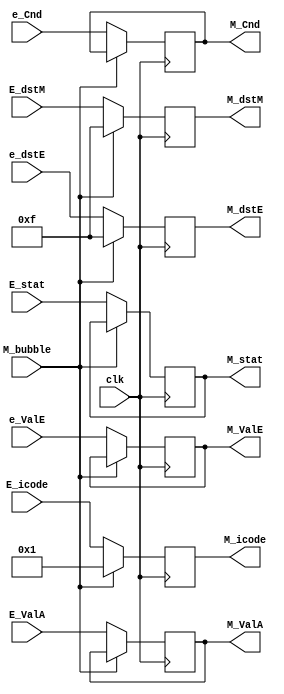
module reg_memory(clk,M_bubble,E_stat,E_icode,e_Cnd,e_ValE, E_ValA,e_dstE,E_dstM, M_stat,M_icode,M_Cnd,M_ValE, M_ValA,M_dstE ,M_dstM);

	// Inputs 
	input clk;
	input M_bubble;

	// Values into the pipeline 
	input [3:0] E_stat;
	input [3:0] E_icode ;
	input e_Cnd;
	input [63:0] e_ValE, E_ValA;
	input [3:0] e_dstE,E_dstM;


	// Output reg - into the pipeline 
	output reg [3:0] M_stat;
	output reg [3:0] M_icode; 
	output reg M_Cnd;
	output reg [63:0]M_ValE, M_ValA;
	output reg [3:0]M_dstE ,M_dstM;


	always @(posedge(clk)) begin

	    if (M_bubble==1) begin   // bubbling - just set it to some fixed configuration (user defined )
			M_icode  <= 4'h1;
			M_dstE <= 4'hF;
			M_dstM <= 4'hF;
		end

		else begin
				
			M_icode <= E_icode;
			M_Cnd <= e_Cnd;
			M_ValE <= e_ValE;
			M_ValA <= E_ValA;
			M_dstE <= e_dstE;
			M_dstM <= E_dstM;
			M_stat <= E_stat;

		end
	end

endmodule